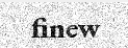
finew